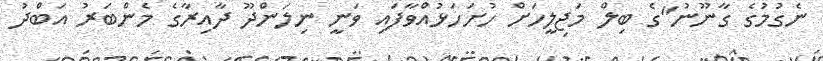
ނެގުމުގެ ގާނޫނު"ގެ ބިލް މަޖިލީހަށް ހުށަހަޅުއްވާފައި ވަނީ ނިލަންދޫ ދާއިރާގެ މެންބަރު އަބްދު